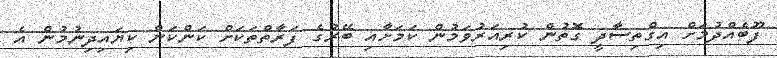
ފޫބެއްދުމަށް އިގްތިސާދީ ގޮތުން ކުރިއަރުވަމުން ކަމަށާއި ބޭރުގެ ފަރާތްތަކަށް ކަންކަން ކިޔައިދިނުމުން އެ